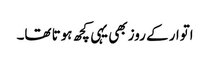
اتوار کے روز بھی یہی کچھ ہوتا تھا۔